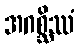
အဂစ္ဆိဿံ